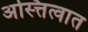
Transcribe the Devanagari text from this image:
अस्त्तित्वात